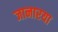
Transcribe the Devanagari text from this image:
जानारया